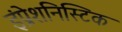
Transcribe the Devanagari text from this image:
इंप्रेशनिस्टिक